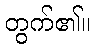
တွက်၏။